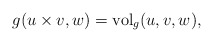
\begin{align*} g(u\times v,w) = \mathrm{vol}_g(u,v,w),\end{align*}